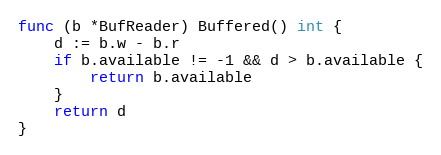
Language: Go
func (b *BufReader) Buffered() int {
	d := b.w - b.r
	if b.available != -1 && d > b.available {
		return b.available
	}
	return d
}